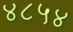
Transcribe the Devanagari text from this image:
४८५४